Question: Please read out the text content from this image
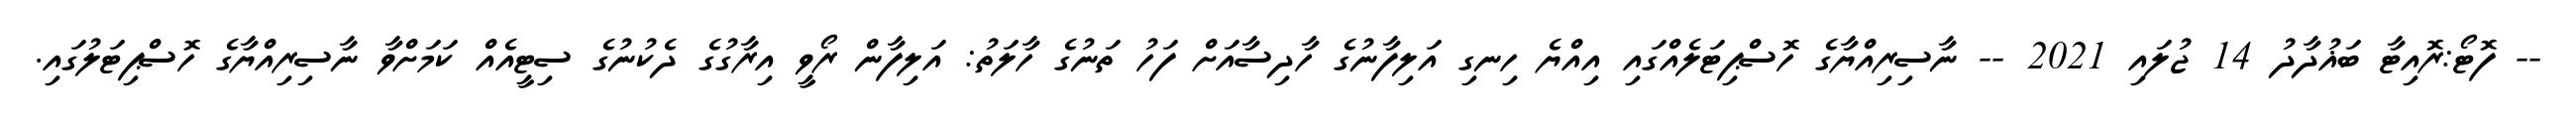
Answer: -- ފޮޓޯ:ރޮއިޓާ ބަޣުދާދު 14 ޖުލައި 2021 -- ނާސިރިއްޔާގެ ހޮސްޕިޓަލެއްގައި އިއްޔެ ހިނގި އަލިފާނުގެ ހާދިސާއަށް ފަހު ތަނުގެ ހާލަތު: އަލިފާން ރޯވީ އިރާގުގެ ދެކުނުގެ ސިޓީއެއް ކަމަށްވާ ނާސިރިއްޔާގެ ހޮސްޕިޓަލުގައި.